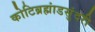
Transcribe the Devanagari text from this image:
कोटिब्रह्मांडसुंदरी